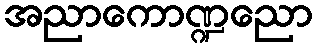
အညာကောဏ္ဍညော